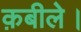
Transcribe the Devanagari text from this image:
क़बीले।